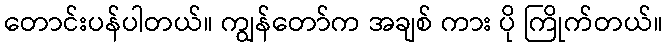
တောင်းပန်ပါတယ်။ ကျွန်တော်က အချစ် ကား ပို ကြိုက်တယ်။